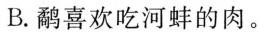
B.鹬喜欢吃河蚌的肉。